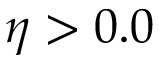
\eta > 0 . 0